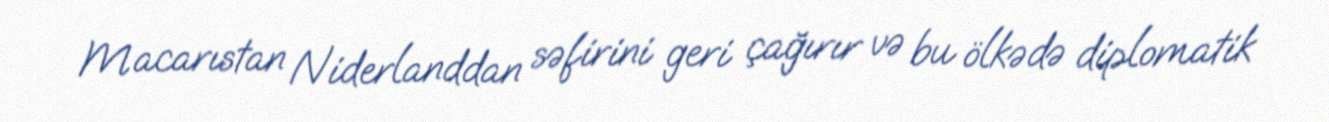
Macarıstan Niderlanddan səfirini geri çağırır və bu ölkədə diplomatik